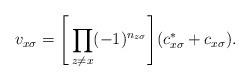
LaTeX: \begin{align*}v_{x\sigma}=\Bigg[\prod_{z\neq x} (-1)^{n_{z\sigma}} \Bigg](c_{x\sigma}^*+c_{x\sigma}).\end{align*}